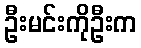
ဦးမင်းကိုဦးက